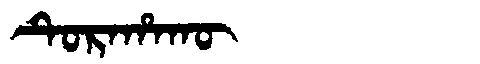
Manchu: ᡨᡠᡵᠠᡥᠠᡴᡡ
Romanization: TURAHAKŪ